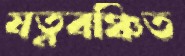
যত্নবঞ্চিত